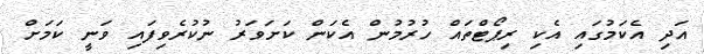
އަދި އެކަމުގައި އެކި ރިޕޯޓްތައް ހުރުމުން އެކަން ކަށަވަރު ނުކުރެވިފައި ވަނީ ކަމަށް